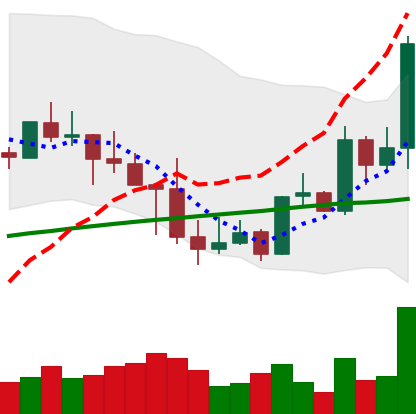
Ticker: LINK-USD
Chart end date: 2019-05-06
Forward return: 17.419%
Label: up_7plus